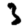
Digit: 3